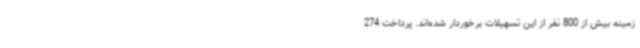
زمینه بیش از 800 نفر از این تسهیلات برخوردار شده‌اند. پرداخت 274